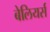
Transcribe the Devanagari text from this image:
बेलियर्स